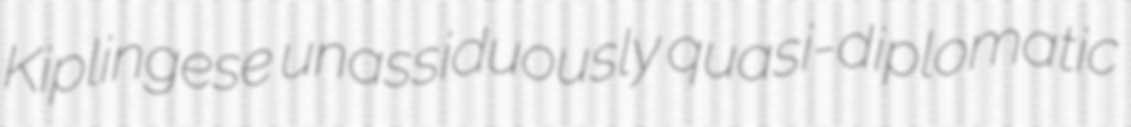
Kiplingese unassiduously quasi-diplomatic